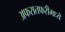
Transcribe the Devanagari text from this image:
अफरातफरीमध्ये